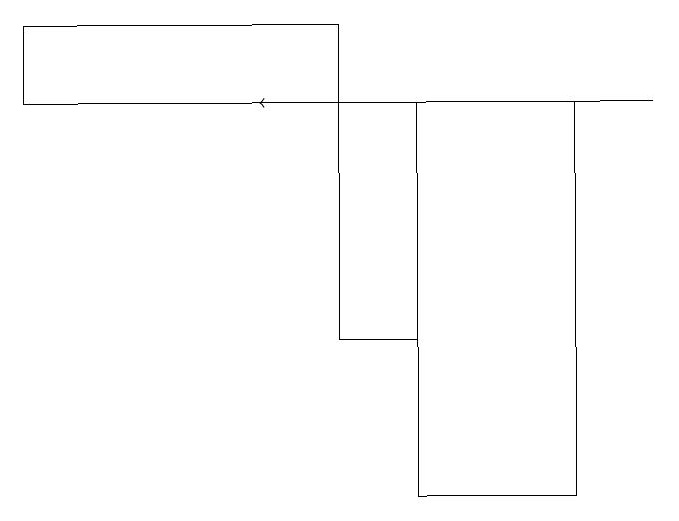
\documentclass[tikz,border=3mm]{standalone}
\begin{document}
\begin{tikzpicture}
\draw (6,16) rectangle (5,13);
\draw[->] (9,16) -- (4,16);
\draw (5,17) rectangle (1,16);
\draw (8,11) rectangle (6,16);
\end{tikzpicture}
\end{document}